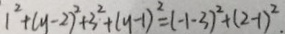
1 ^ { 2 } + ( y - 2 ) ^ { 2 } + 3 ^ { 2 } + ( y - 1 ) ^ { 2 } = ( - 1 - 3 ) ^ { 2 } + ( 2 - 1 ) ^ { 2 } .